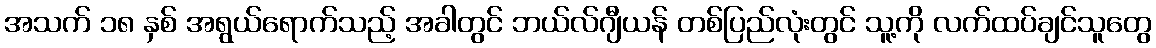
အသက် ၁၈ နှစ် အရွယ်ရောက်သည့် အခါတွင် ဘယ်လ်ဂျီယန် တစ်ပြည်လုံးတွင် သူ့ကို လက်ထပ်ချင်သူတွေ